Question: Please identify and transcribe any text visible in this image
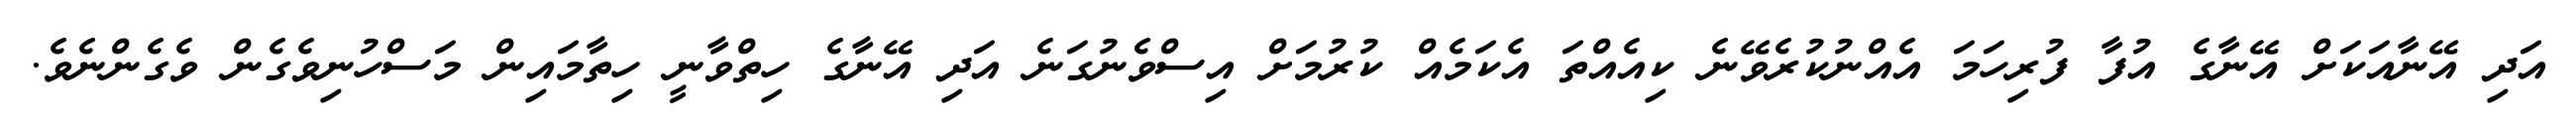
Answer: އަދި އޭނާއަކަށް އޭނާގެ އުފާ ފުރިހަމަ އެއްނުކުރެވޭނެ ކިއެއްތަ އެކަމެއް ކުރުމަށް އިސްވެނުގަނެ އަދި އޭނާގެ ހިތްވާނީ ހިތާމައިން މަސްހުނިވެގެން ވެގެންނެވެ.